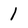
Character: I